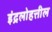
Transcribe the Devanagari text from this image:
इंद्रलोहत्तील